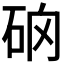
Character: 𥑨